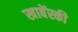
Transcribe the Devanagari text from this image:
खाबेंस्की